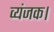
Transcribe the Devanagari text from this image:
व्यंजक।